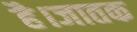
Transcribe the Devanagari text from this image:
है।जातक